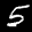
Label: 5